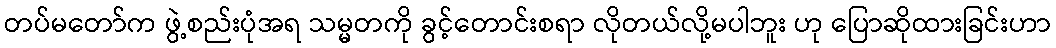
တပ်မတော်က ဖွဲ့စည်းပုံအရ သမ္မတကို ခွင့်တောင်းစရာ လိုတယ်လို့မပါဘူး ဟု ပြောဆိုထားခြင်းဟာ